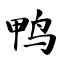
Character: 鸭